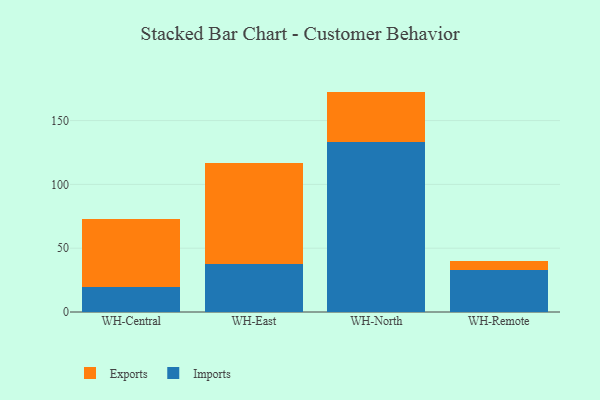
{"axis": {"x": "Warehouse", "y": "Active Users"}, "legend": ["Exports", "Imports"], "data": [{"x": "WH-Central", "y": 19.4, "type": "Imports"}, {"x": "WH-Central", "y": 53.4, "type": "Exports"}, {"x": "WH-East", "y": 37.8, "type": "Imports"}, {"x": "WH-East", "y": 78.8, "type": "Exports"}, {"x": "WH-North", "y": 133.1, "type": "Imports"}, {"x": "WH-North", "y": 39.6, "type": "Exports"}, {"x": "WH-Remote", "y": 32.9, "type": "Imports"}, {"x": "WH-Remote", "y": 7.3, "type": "Exports"}]}